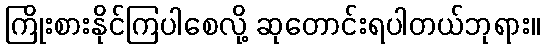
ကြိုးစားနိုင်ကြပါစေလို့ ဆုတောင်းရပါတယ်ဘုရား။